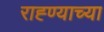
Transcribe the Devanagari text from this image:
राह्ण्याच्या